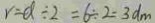
r = \alpha \div 2 = 6 \div 2 = 3 d m